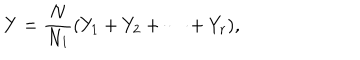
Y = { \frac { N } { N _ { 1 } } } ( Y _ { 1 } + Y _ { 2 } + \cdots + Y _ { r } ) ,